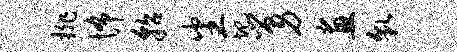
排怖貂番圯舅画貌